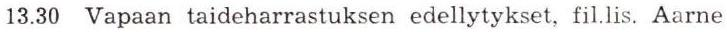
13.30 Vapaan taideharrastuksen edellytykset, fil.lis. Aarne